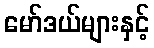
မော်ဒယ်များနှင့်